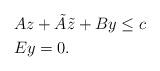
LaTeX: \begin{align*}& Az + \tilde A \tilde z + B y \le c \\& Ey = 0. \end{align*}